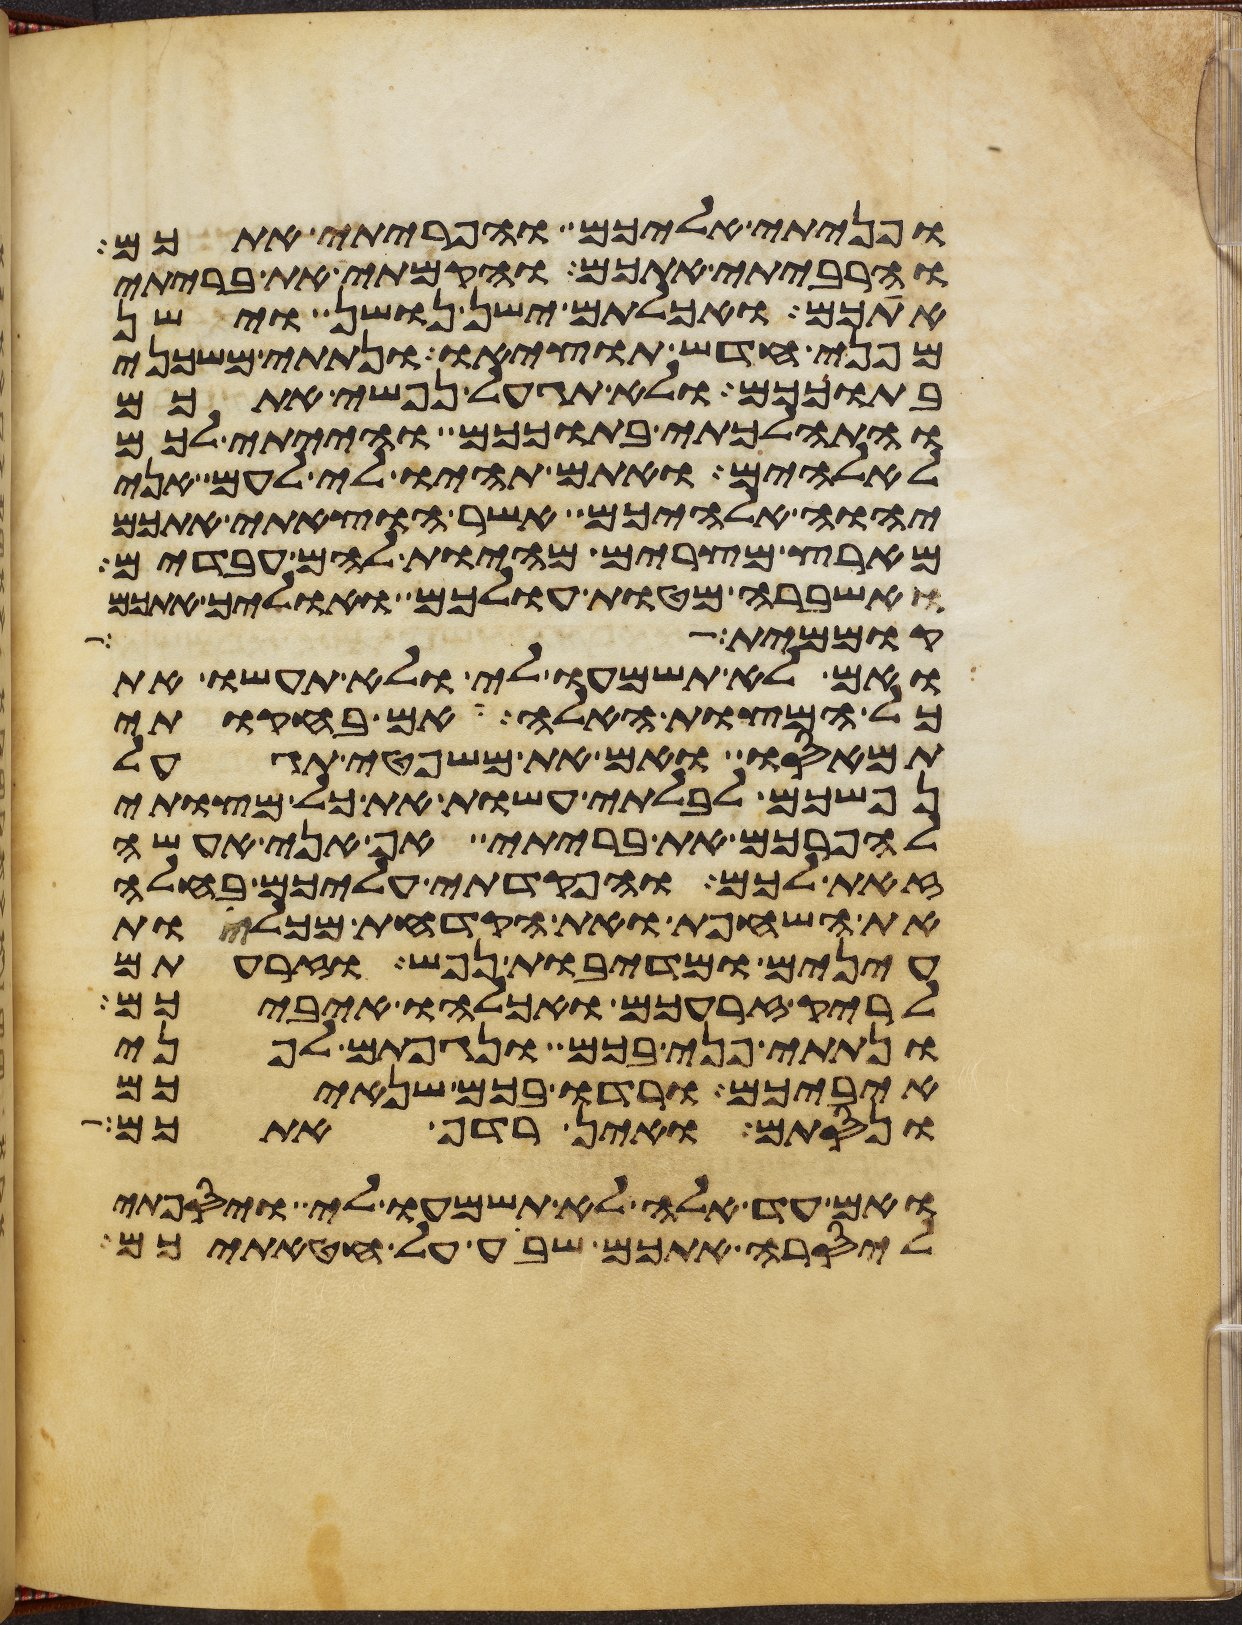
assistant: ופניתי אליכם והפריתי אתכם
והרביתי אתכם והקמתי את בריתי
אתכם ואכלתם ישן נושן וישן
מפני חדש תוציאו ונתתי משכני
בתוככם ולא תגעל נפשי אתכם
והתהלכתי בתוככם והייתי לכם
לאלהים ואתם תהיו לי לעם אני
יהוה אלהיכם אשר הוצאתי אתכם
מארץ מצרים מהיות להם עבדים
ואשברה מטות עולכם ואוליך אתכם
קוממית
ואם לא תשמעו לי ולא תעשו את
כל המצות האלה אם בחקותי
תמאסו ואם את משפטי תגעל
נפשכם לבלתי עשות את כל מצותי
להפרכם את בריתי אף אני אעשה
זאת לכם והפקדתי עליכם בחלה
את השחפת ואת הקדחת מכלות
עינים ומדיבת נפש וזרעתם
לריק זרעכם ואכלהו איביכם
ונתתי פני בכם ונגפתם לפני
איביכם ורדו בכם שנאיכם
ונסתם ואין רדף אתכם
ואם עד אלה לא תשמעו לי ויספתי
ליסרה אתכם שבע על חטאתיכם